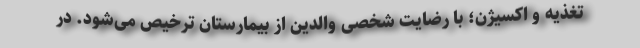
تغذیه و اکسیژن؛ با رضایت شخصی والدین از بیمارستان ترخیص می‌شود. در